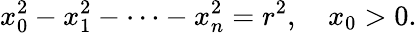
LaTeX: x_{0}^{2}-x_{1}^{2}-\cdots-x_{n}^{2}=r^{2},\quad x_{0}>0.